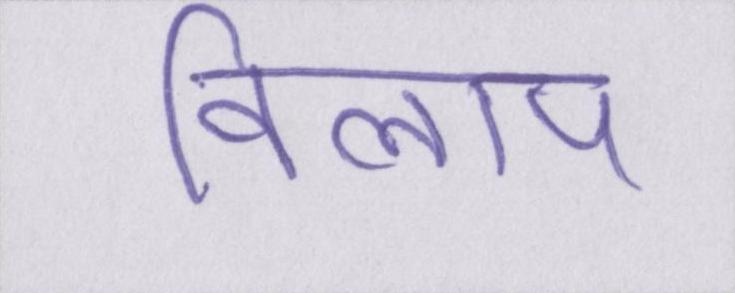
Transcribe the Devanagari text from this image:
विलाप